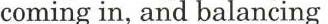
coming in, and balancing